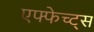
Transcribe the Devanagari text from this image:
एफ्फेच्ट्स